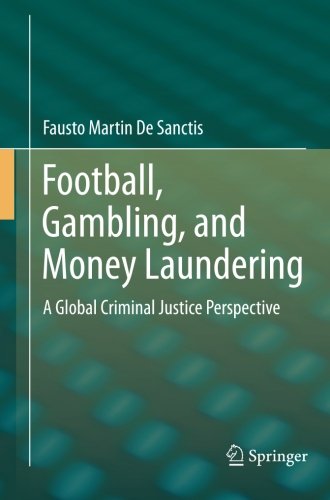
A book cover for Football, Gambling, and Money Laundering: A Global Criminal Justice Perspective; Fausto Martin De Sanctis; Law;